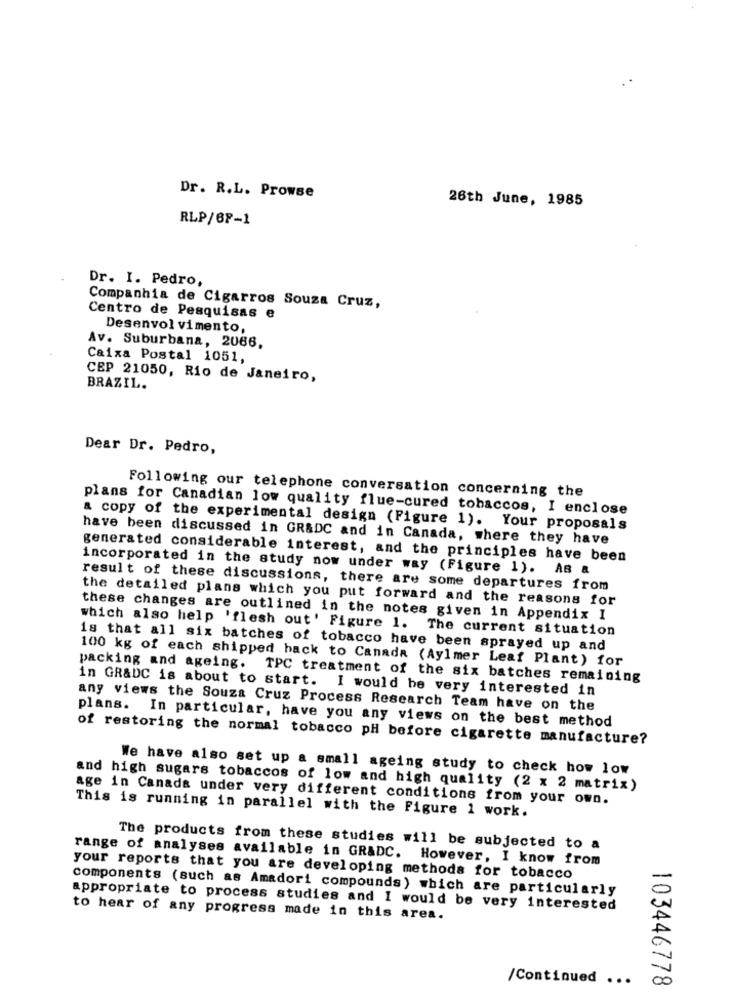
Dr. R.L. Prowse
26th June, 1985
RLP/6F-1
Dr. I. Pedro,
Companhia de Cigarros Souza Cruz,
Centro de Pesquisas e
Desenvolvimento,
Av. Suburbana, 2086,
Caixa Postal 1051,
CEP 21050, Rio de Janeiro,
BRAZIL.
Dear Dr. Pedro,
Following our telephone conversation concerning the
plans for Canadian low quality flue-cured tobaccos, I enclose
a copy of the experimental design (Figure 1). Your proposals
have been discussed in GR&DC and in Canada, where they have
generated considerable interest, and the principles have been
incorporated in the study now under way (Figure 1). AB &
result of these discussions, there are some departures from
the detailed plans which you put forward and the reasons for
these changes are outlined in the notes given in Appendix I
which also help 'flesh out' Figure 1. The current situation
18 that all six batches of tobacco have been sprayed up and
100 kg of each shipped back to Canada (Aylmer Leaf Plant) for
packing and ageing. TPC treatment of the six batches remaining
in GR&DC is about to start. I would be very interested in
any views the Souza Cruz Process Research Team have on the
plans. In particular, have you any views on the best method
of restoring the normal tobacco pH before cigarette manufacture?
We have also set up a small ageing study to check how low
and high sugars tobaccos of low and high quality (2 x 2 matrix)
age in Canada under very different conditions from your own.
This is running in parallel with the Figure 1 work.
The products from these studies will be subjected to a
range of analyses available in GR&DC.
However, I know from
your reports that you are developing methods for tobacco
components (such as Amadori compounds) which are particularly
appropriate to process studies and I would be very interested
to hear of any progress made in this area.
/Continued ...
103446778